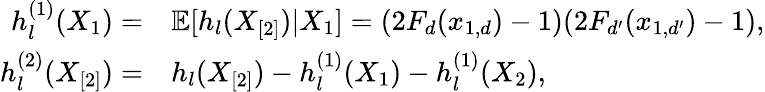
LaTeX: \begin{array}{rl}{h_{l}^{(1)}(X_{1})=}&{\mathbb{E}[h_{l}(X_{[2]})|X_{1}]=(2F_{d}(x_{1,d})-1)(2F_{d^{\prime}}(x_{1,d^{\prime}})-1),}\\ {h_{l}^{(2)}(X_{[2]})=}&{h_{l}(X_{[2]})-h_{l}^{(1)}(X_{1})-h_{l}^{(1)}(X_{2}),}\end{array}